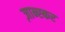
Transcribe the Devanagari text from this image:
ज़ान्स्कर